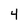
Character: 4